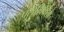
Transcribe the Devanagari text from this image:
प्रसंगिकता